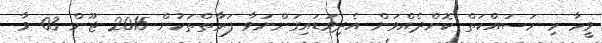
ވީމާ މި މަސައްކަތް ކޮށްދެއްވަން އެދިވަޑައިގަންނަވާ ފަރާތްތަކުން 2015 ޖޫން 03 ވާ